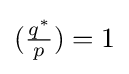
({\tfrac {q^{*}}{p}})=1